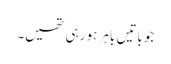
جو باتیں باہر ہو رہی تھیں۔